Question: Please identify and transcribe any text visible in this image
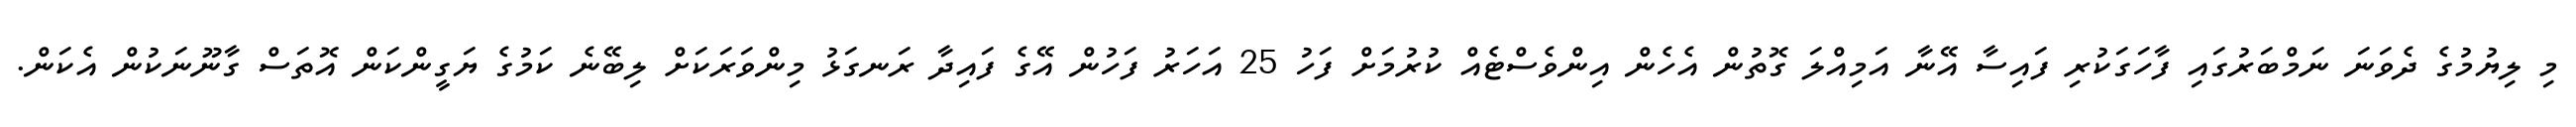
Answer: މި ލިޔުމުގެ ދެވަނަ ނަމްބަރުގައި ފާހަގަކުރި ފައިސާ އޭނާ އަމިއްލަ ގޮތުން އެހެން އިންވެސްޓެއް ކުރުމަށް ފަހު 25 އަހަރު ފަހުން އޭގެ ފައިދާ ރަނގަޅު މިންވަރަކަށް ލިބޭނެ ކަމުގެ ޔަގީންކަން އޮތަސް ގާނޫނަކުން އެކަން.